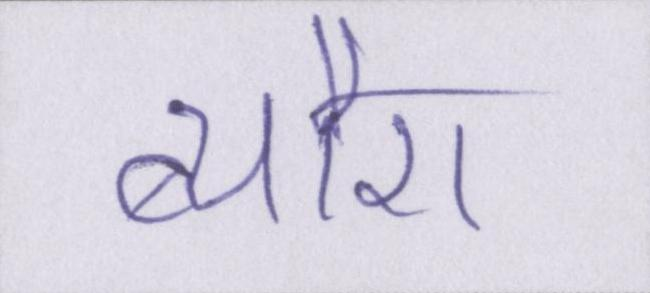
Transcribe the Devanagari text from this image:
ब्यौरा